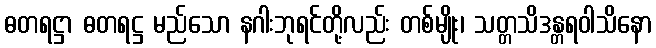
ဓတရဋ္ဌာ ဓတရဋ္ဌ မည်သော နဂါးဘုရင်တို့လည်း တစ်မျိုး၊ သတ္တသိဒန္တရဝါသိနော